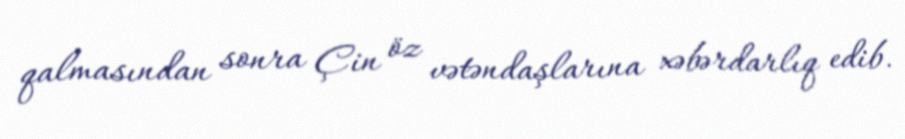
qalmasından sonra Çin öz vətəndaşlarına xəbərdarlıq edib.